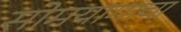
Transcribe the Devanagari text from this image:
सोमयागाचा